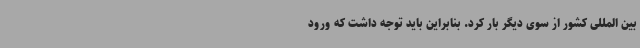
بین المللی کشور از سوی دیگر بار کرد. بنابراین باید توجه داشت که ورود